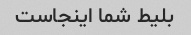
بلیط شما اینجاست